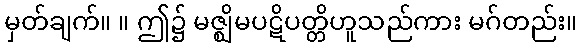
မှတ်ချက်။ ။ ဤ၌ မဇ္ဈိမပဋိပတ္တိဟူသည်ကား မဂ်တည်း။